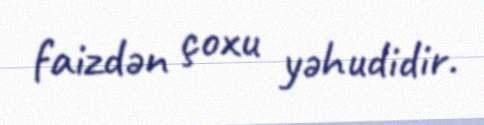
faizdən çoxu yəhudidir.